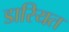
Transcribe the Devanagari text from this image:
डारियत